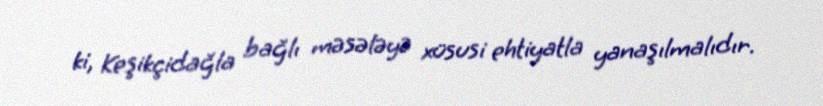
ki, Keşikçidağla bağlı məsələyə xüsusi ehtiyatla yanaşılmalıdır.